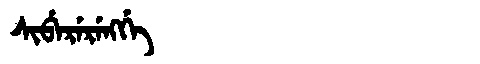
Manchu: ᠰᡳᠪᡝᡵᡝᡵᡝᠩᡤᡝ
Romanization: SIBERERENGGE